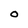
Character: O